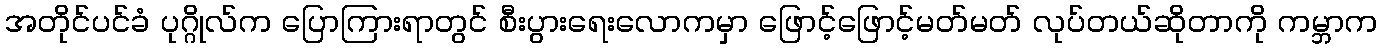
အတိုင်ပင်ခံ ပုဂ္ဂိုလ်က ပြောကြားရာတွင် စီးပွားရေးလောကမှာ ဖြောင့်ဖြောင့်မတ်မတ် လုပ်တယ်ဆိုတာကို ကမ္ဘာက